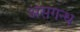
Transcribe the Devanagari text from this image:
असगन्ध